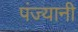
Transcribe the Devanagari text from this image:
पंज्यानी